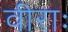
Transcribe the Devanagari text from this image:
वीराः